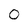
Character: 0